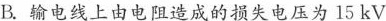
B.输电线上由电阻造成的损失电压为15kV